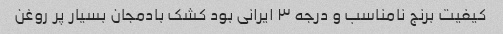
کیفیت برنج نامناسب و درجه ٣ ایرانی بود کشک بادمجان بسیار پر روغن